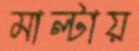
মাল্টায়